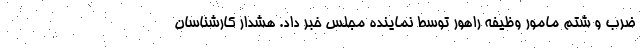
ضرب و شتم مامور وظیفه راهور توسط نماینده مجلس خبر داد. هشدار کارشناسان